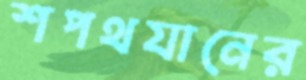
শপথযানের